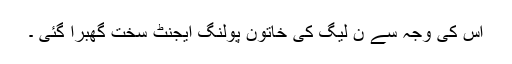
اس کی وجہ سے ن لیگ کی خاتون پولنگ ایجنٹ سخت گھبرا گئی ۔